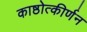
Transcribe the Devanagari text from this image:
काष्ठोत्कीर्णन